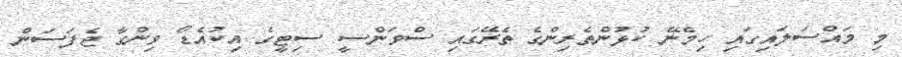
މި މައްސަލައިގައި ހިމެނޭ ކުޅުންތެރިންގެ ތެރޭގައި ސްވަންސީ ސިޓީގެ އިކުއެޑޯ ވިންގާ ޖެފަސަން